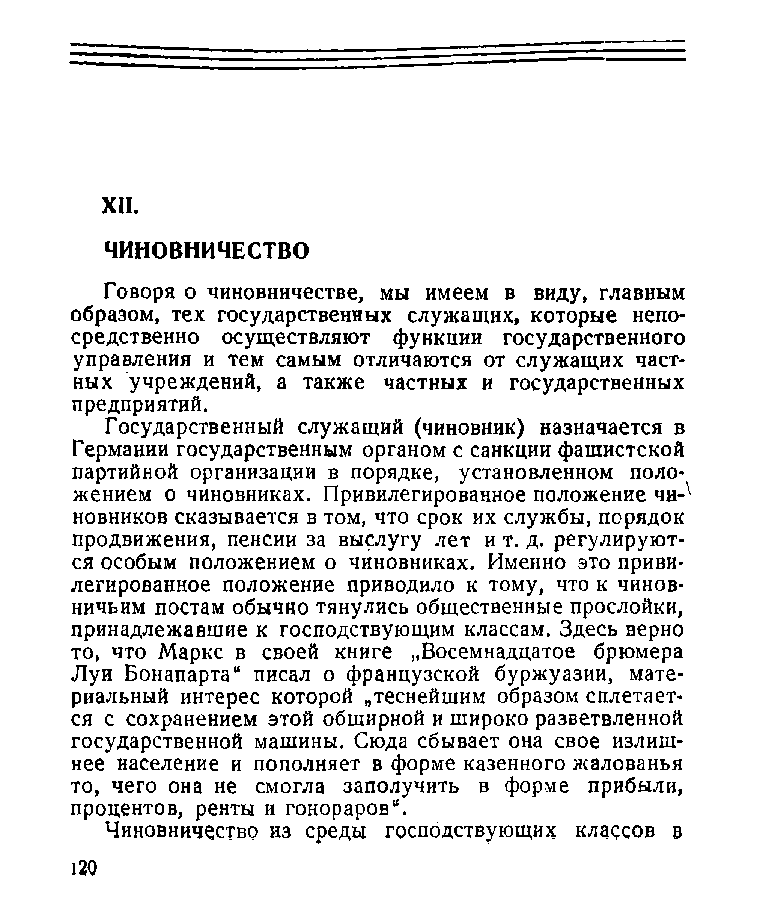
XII.
 ЧИНОВНИЧЕСТВО
 Говоря о чиновничестве, мы имеем в виду, главным
 образом, тех государственных служащих, которые непо­
 средственно осуществляют функции государственного
 управления и тем самым отличаются от служащих част­
 ных учреждений, а также частных и государственных
 предприятий.
 Государственный служащий (чиновник) назначается в
 Германии государственным органом с санкции фашистской
 партийной организации в порядке, установленном поло­
 жением о чиновниках. Привилегированное положение чи-^
 новников сказывается в том, что срок их службы, порядок
 продвижения, пенсии за выслугу лет и т. д. регулируют­
 ся особым положением о чиновниках. Именно это приви­
 легированное положение приводило к тому, что к чинов­
 ничьим постам обычно тянулись общественные прослойки,
 принадлежавшие к господствующим классам. Здесь верно
 то, что Маркс в своей книге „Восемнадцатое брюмера
 Луи Бонапарта“ писал о французской буржуазии, мате­
 риальный интерес которой „теснейшим образом сплетает­
 ся с сохранением этой обширной и широко разветвленной
 государственной машины. Сюда сбывает она свое излиш­
 нее население и пополняет в форме казенного жалованья
 то, чего она не смогла заполучить в форме прибыли,
 процентов, ренты и гонораров“.
 Чиновничество из среды господствующих классов в
 120